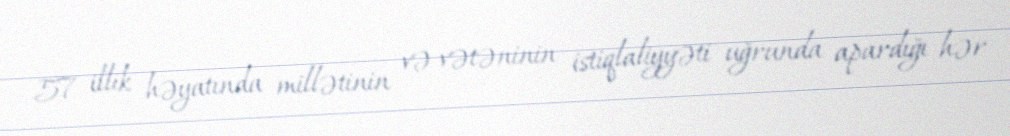
57 illik həyatında millətinin və vətəninin istiqlaliyyəti uğrunda apardığı hər